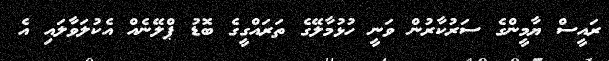
ރައީސް ޔާމީންގެ ސަރުކާރުން ވަނީ ހުޅުމާލޭގެ ތަރައްގީގެ ބޮޑު ޕްލޭނެއް އެކުލަވާލައި އެ